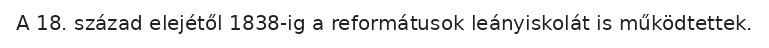
A 18. század elejétől 1838-ig a reformátusok leányiskolát is működtettek.